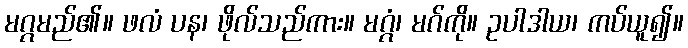
မဂ္ဂမည်၏။ ဖလံ ပန၊ ဖိုလ်သည်ကား။ မဂ္ဂံ၊ မဂ်ကို။ ဥပါဒါယ၊ ကပ်ယူ၍။